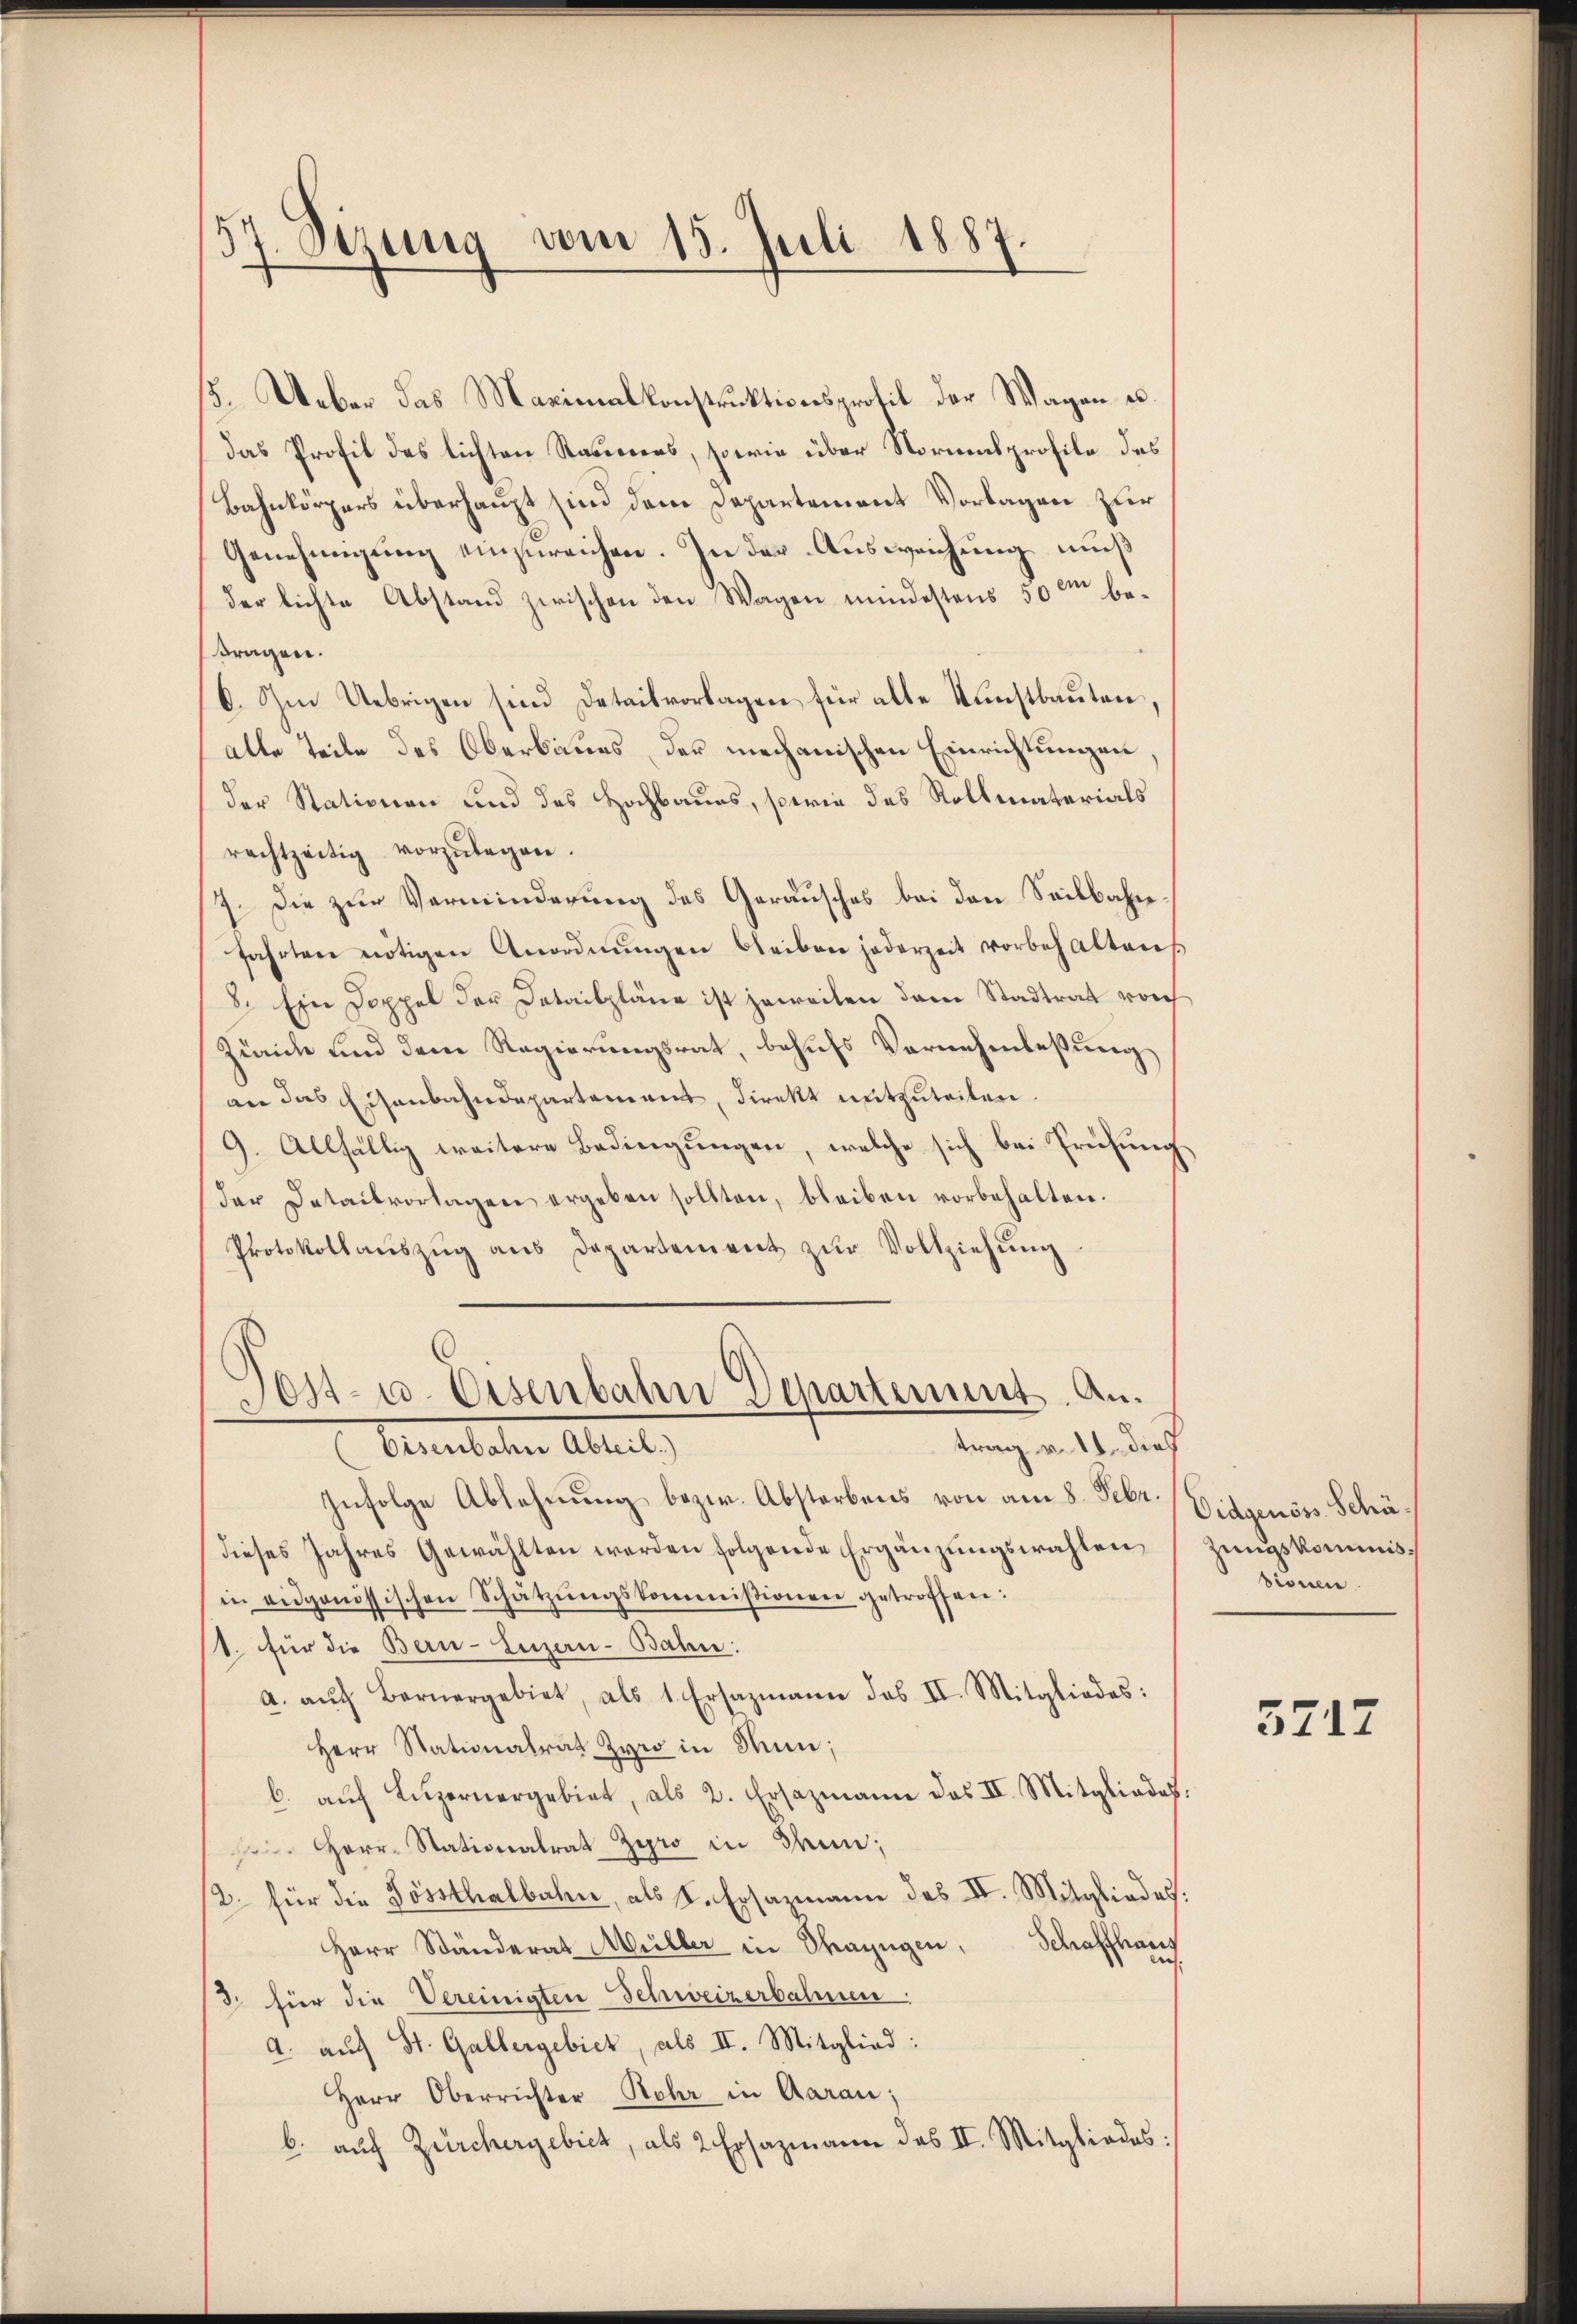
57. Sizung vom 15. Juli 1887.

15. Ueber das Maximalkonstruktionsprotil der Wagen es
das Profil des lichten Raseners, sowie über Normensprofile des
Bahnkörpers überhaupt sind dem Departement Vorlagen zur
Genehmigung einzureichen. In der Ausweichung muß
der lichte Abstand zwischen den Wagen mindestens 50m bekragen.
6. Im Uebrigen sind Detailvorlagen für alle Kunstbauten.
alle Teile des Oberbaues, der mechanischen Einrichtungen
der Stationen und des Hochbaues, sowie des Rollmaterials
rachtzeitig vorzŭlegen.
7. Die zur Verminderung des Geräusches bei den Seilbahnfahrten nötigen Anordnŭngen bleiben jederzeit vorbehaltens
8. Ein Doppel der Detailpläne ist jeweilen dem Stadtrat vor
Zürich und dem Regierungsrat, behufs Vernehmlassung
an das Eisenbahndepartement, direkt mitzuteilen.
9. Allfällig weitere Bedingungen, welche sich bei Prüfung
der Detailvorlagen ergeben sollten, bleiben vorbehalten.
Protokoll aŭszŭg ans Departement zŭr Vollziehung
Post- u. Eisenbahn Departement. Antrag v. 18. dieß
Pennitaten Abreit
Infolge Ablehnung bezw. Absterbens von am 8. Febr. Eidgenöss. Schädieses Jahres Gewählten werden folgende Ergänzungswahlen,
in eidgenössischen Schatzŭngskommißionen getroffen:
1. für die Bern-Luzern-Bahn:
a. aŭch Bernergebiet, als 1. Ersazmann des II. Mitgliedes:
Herr Stationalrat Zywo in Mun;
b. aŭf Lŭzernergebiet, als 2. Ersazmann das II. Mitgliedes.
si Herr Stationalrat Zyro in Tun;
2. für die Sössthalbahn, als I. Ersazmann des II. Mitgliedes.
Herr Ständerat Müller in Ohazügen, Schaffhaus
in
3. für die Vereinigten Schweizerbahnen:
a. auf St. Gallergebiet, als II. Mitglied:
Herr Oberrichter Rohr in Aarau;
b. auf Zürchergebiet, als 2 Ersazmann des III. Mitgliedes:

zungskommisdionen

5717